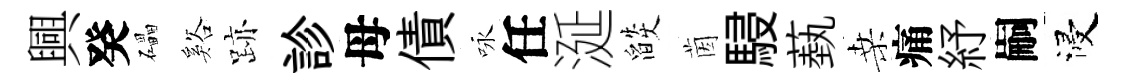
興癸礧谿跡診母債咏任涎燄茵駸蓺桑痛紓嗣浸